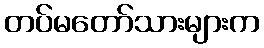
တပ်မတော်သားများက